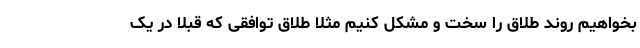
بخواهیم روند طلاق را سخت و مشکل کنیم مثلا طلاق توافقی که قبلا در یک